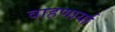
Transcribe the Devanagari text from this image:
वाहणार्या